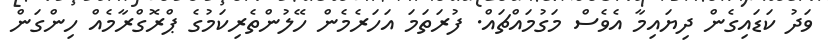
ވަދު ކަޑައިގެން ދިޔައިމާ އެވެސް މަގުމައްޗައް. ފުރަތަމަ އަހަރެމެން ހޭލުންތެރިކަމުގެ ޕްރޮގްރާމެއް ހިންގަން